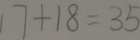
1 7 + 1 8 = 3 5